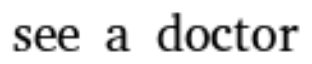
see a doctor